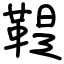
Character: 鞮